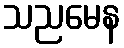
သညမေန